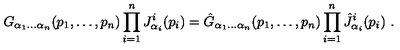
G _ { \alpha _ { 1 } \ldots \alpha _ { n } } ( p _ { 1 } , \ldots , p _ { n } ) \prod _ { i = 1 } ^ { n } J _ { \alpha _ { i } } ^ { i } ( p _ { i } ) = \hat { G } _ { \alpha _ { 1 } \ldots \alpha _ { n } } ( p _ { 1 } , \ldots , p _ { n } ) \prod _ { i = 1 } ^ { n } \hat { J } _ { \alpha _ { i } } ^ { i } ( p _ { i } ) \ .